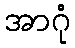
အာဂုံ